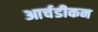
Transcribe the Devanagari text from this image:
आर्चडीकन